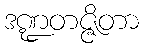
ဒဏ္ဍတဇ္ဇိတာ